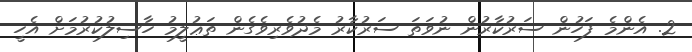
2. އެންމެ ފަހުން ސަރުކާރުން ނުވަތަ ސަރުކާރު މެދުވެރިވެގެން ތަޢުލީމު ހާސިލުކުރުމަށް އެހީ